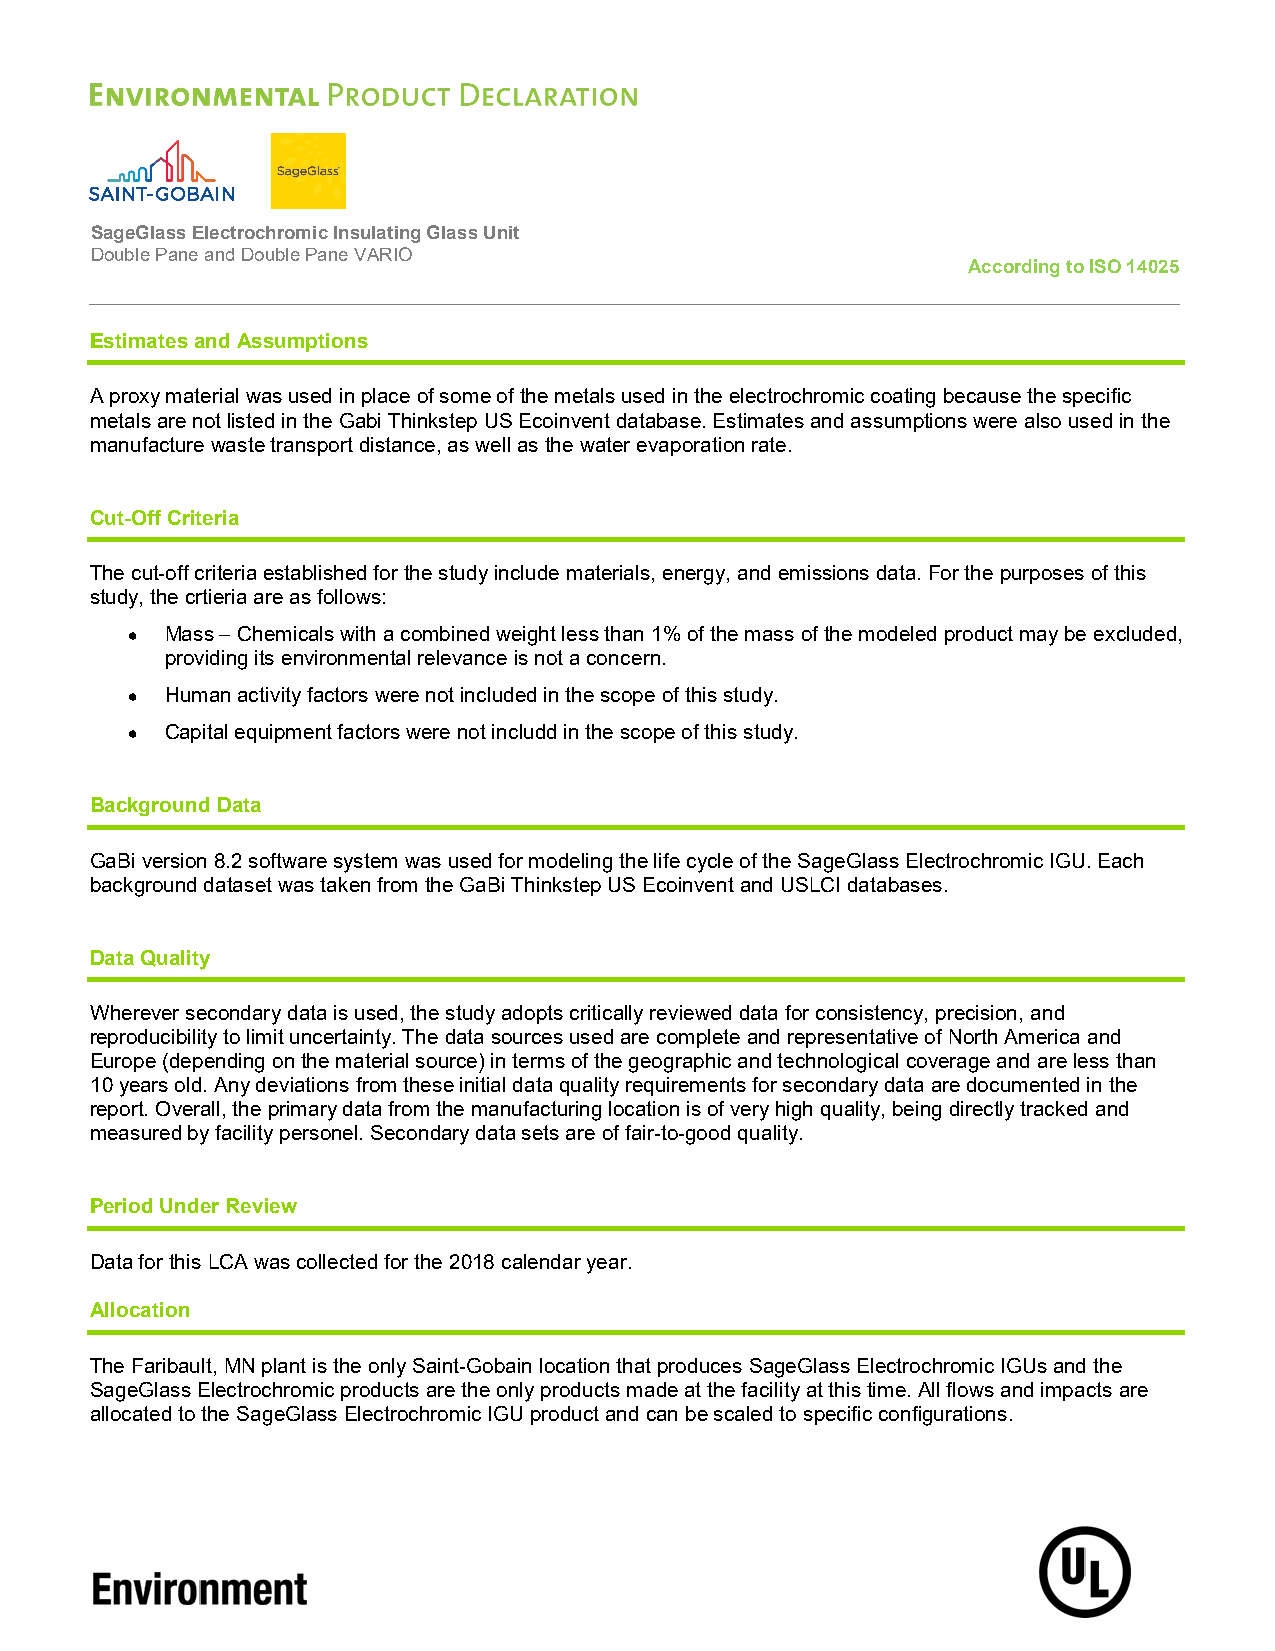
SageGlass Electrochromic Insulating Glass Unit
 Double Pane and Double Pane VARIO
 According to ISO 14025
 Estimates and Assumptions
 A proxy material was used in place of some of the metals used in the electrochromic coating because the specific
 metals are not listed in the Gabi Thinkstep US Ecoinvent database. Estimates and assumptions were also used in the
 manufacture waste transport distance, as well as the water evaporation rate.
 Cut-Off Criteria
 The cut-off criteria established for the study include materials, energy, and emissions data. For the purposes of this
 study, the crtieria are as follows:
   Mass – Chemicals with a combined weight less than 1% of the mass of the modeled product may be excluded,
 providing its environmental relevance is not a concern.
   Human activity factors were not included in the scope of this study.
   Capital equipment factors were not includd in the scope of this study.
 Background Data
 GaBi version 8.2 software system was used for modeling the life cycle of the SageGlass Electrochromic IGU. Each
 background dataset was taken from the GaBi Thinkstep US Ecoinvent and USLCI databases.
 Data Quality
 Wherever secondary data is used, the study adopts critically reviewed data for consistency, precision, and
 reproducibility to limit uncertainty. The data sources used are complete and representative of North America and
 Europe (depending on the material source) in terms of the geographic and technological coverage and are less than
 10 years old. Any deviations from these initial data quality requirements for secondary data are documented in the
 report. Overall, the primary data from the manufacturing location is of very high quality, being directly tracked and
 measured by facility personel. Secondary data sets are of fair-to-good quality.
 Period Under Review
 Data for this LCA was collected for the 2018 calendar year.
 Allocation
 The Faribault, MN plant is the only Saint-Gobain location that produces SageGlass Electrochromic IGUs and the
 SageGlass Electrochromic products are the only products made at the facility at this time. All flows and impacts are
 allocated to the SageGlass Electrochromic IGU product and can be scaled to specific configurations.